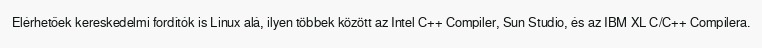
Elérhetőek kereskedelmi fordítók is Linux alá, ilyen többek között az Intel C++ Compiler, Sun Studio, és az IBM XL C/C++ Compilera.